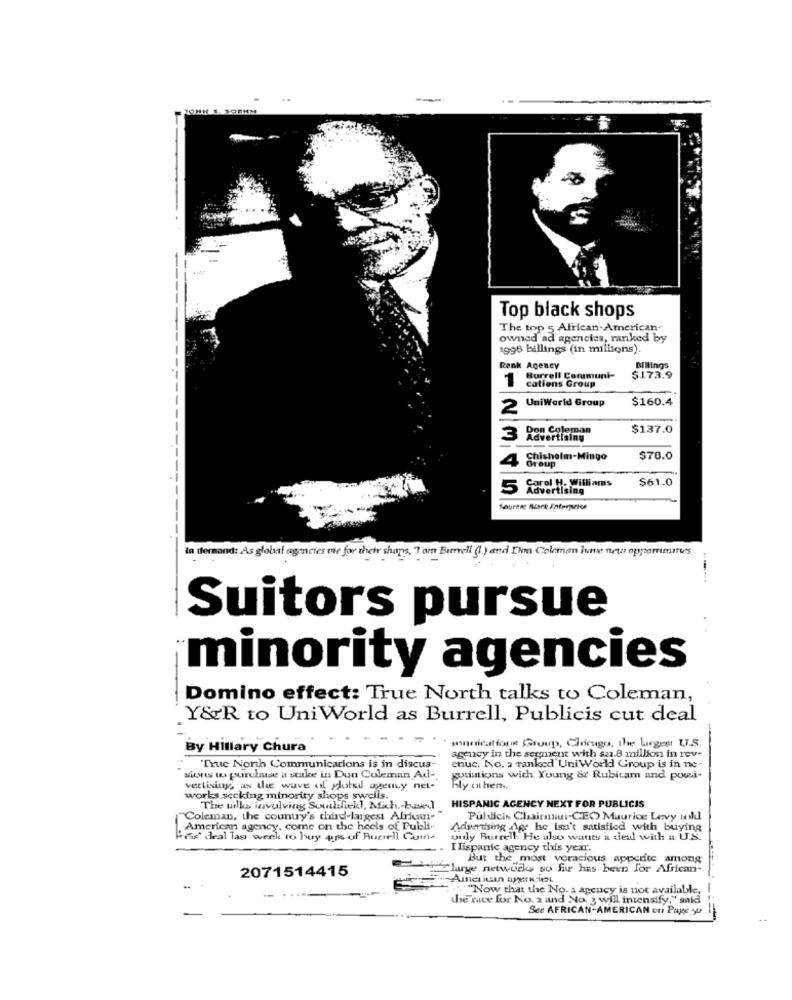
Top black shops
The top 5 African-American-
owned ad agencies, ranked by
1998 billings (in millions).
Billings
Rank Agency
1
cations Group
Burrell Communi-
$173.9
UniWorld Group
$160.4
2
Don Coleman
$137.0
Advertising
4
Chisholm-Mingo
Group
$70.0
Carol H. Williams
$61.0
5
Advertising
Säurene Misce Enterpeice
La demand: As global agencies me for their shops, Tam Burrell (1) and Don Coleman have new oppommitues
Suitors pursue
:-
minority agencies
Domino effect: True North talks to Coleman,
Y&R to UniWorld as Burrell, Publicis cut deal
By Hillary Chura
municationin Group, Chriesgo, the Lingen U.S.
agency in the semanent with sa.8 million in rev.
"Truc North Communications is in discus-
cnuc. No. a ranked UniWorld Group is in ne
siestes ws purchase a stake in Dun Coleman Ad-
gutiations with Young & Rubicam and powi-
vertising, as the wave of gloted ugenLy net-
hly anthem.
works sccking minority shops swells.
The wilks involving Southfickl, Mich .- based
HISPANIC AGENCY NEXT FOR PUBLICIS
Coleman, the country's third-largest Afriqui-
Publicis Chairmiui-CEC Maurice Levy inkl
American agency, come on the heels of Publi
Advertising Age he isn't satisfied with buying
Pad deal las week to buy 4% of Burrell Com-
only Burcell: He ulso wants a deal with a U.S.
Ilispanic agency this year.
But the most voracious appetite among
2071514415
"Cluurge netwutky so far has been for African-
American uyerken
"Now that the No. a agency is not available,
-
the mee for No. 2 und No. 3 will intensify," said
See AFRICAN-AMERICAN on Page y0